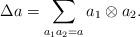
LaTeX: \begin{align*} \Delta a = \sum_{a_1a_2=a} a_1 \otimes a_2. \end{align*}